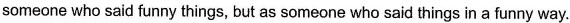
someone who said funny things, but as someone who said things in a funny way.